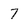
Character: 7